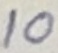
Text: 10